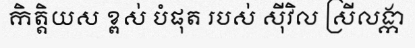
កិត្តិយស ខ្ពស់ បំផុត របស់ ស៊ីវិល ស្រីលង្កា